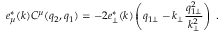
e _ { \mu } ^ { * } ( k ) C ^ { \mu } ( q _ { 2 } , q _ { 1 } ) = - 2 e _ { \perp } ^ { * } ( k ) \left( q _ { 1 \perp } - k _ { \perp } \frac { q _ { 1 \perp } ^ { 2 } } { k _ { \perp } ^ { 2 } } \right) ~ .